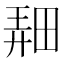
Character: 𤲌